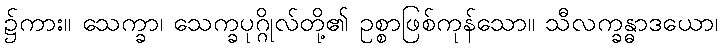
၌ကား။ သေက္ခာ၊ သေက္ခပုဂ္ဂိုလ်တို့၏ ဥစ္စာဖြစ်ကုန်သော။ သီလက္ခန္ဓာဒယော၊